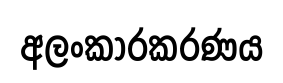
අලංකාරකරණය